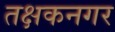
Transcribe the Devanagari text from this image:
तक्षकनगर